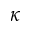
\kappa